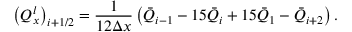
{ { \left( Q _ { x } ^ { l } \right) } _ { i + 1 / 2 } } = \frac { 1 } { 1 2 \Delta x } \left( { { { \bar { Q } } } _ { i - 1 } } - 1 5 { { { \bar { Q } } } _ { i } } + 1 5 { { { \bar { Q } } } _ { 1 } } - { { { \bar { Q } } } _ { i + 2 } } \right) .